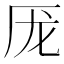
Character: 厐